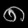
Digit: ၈